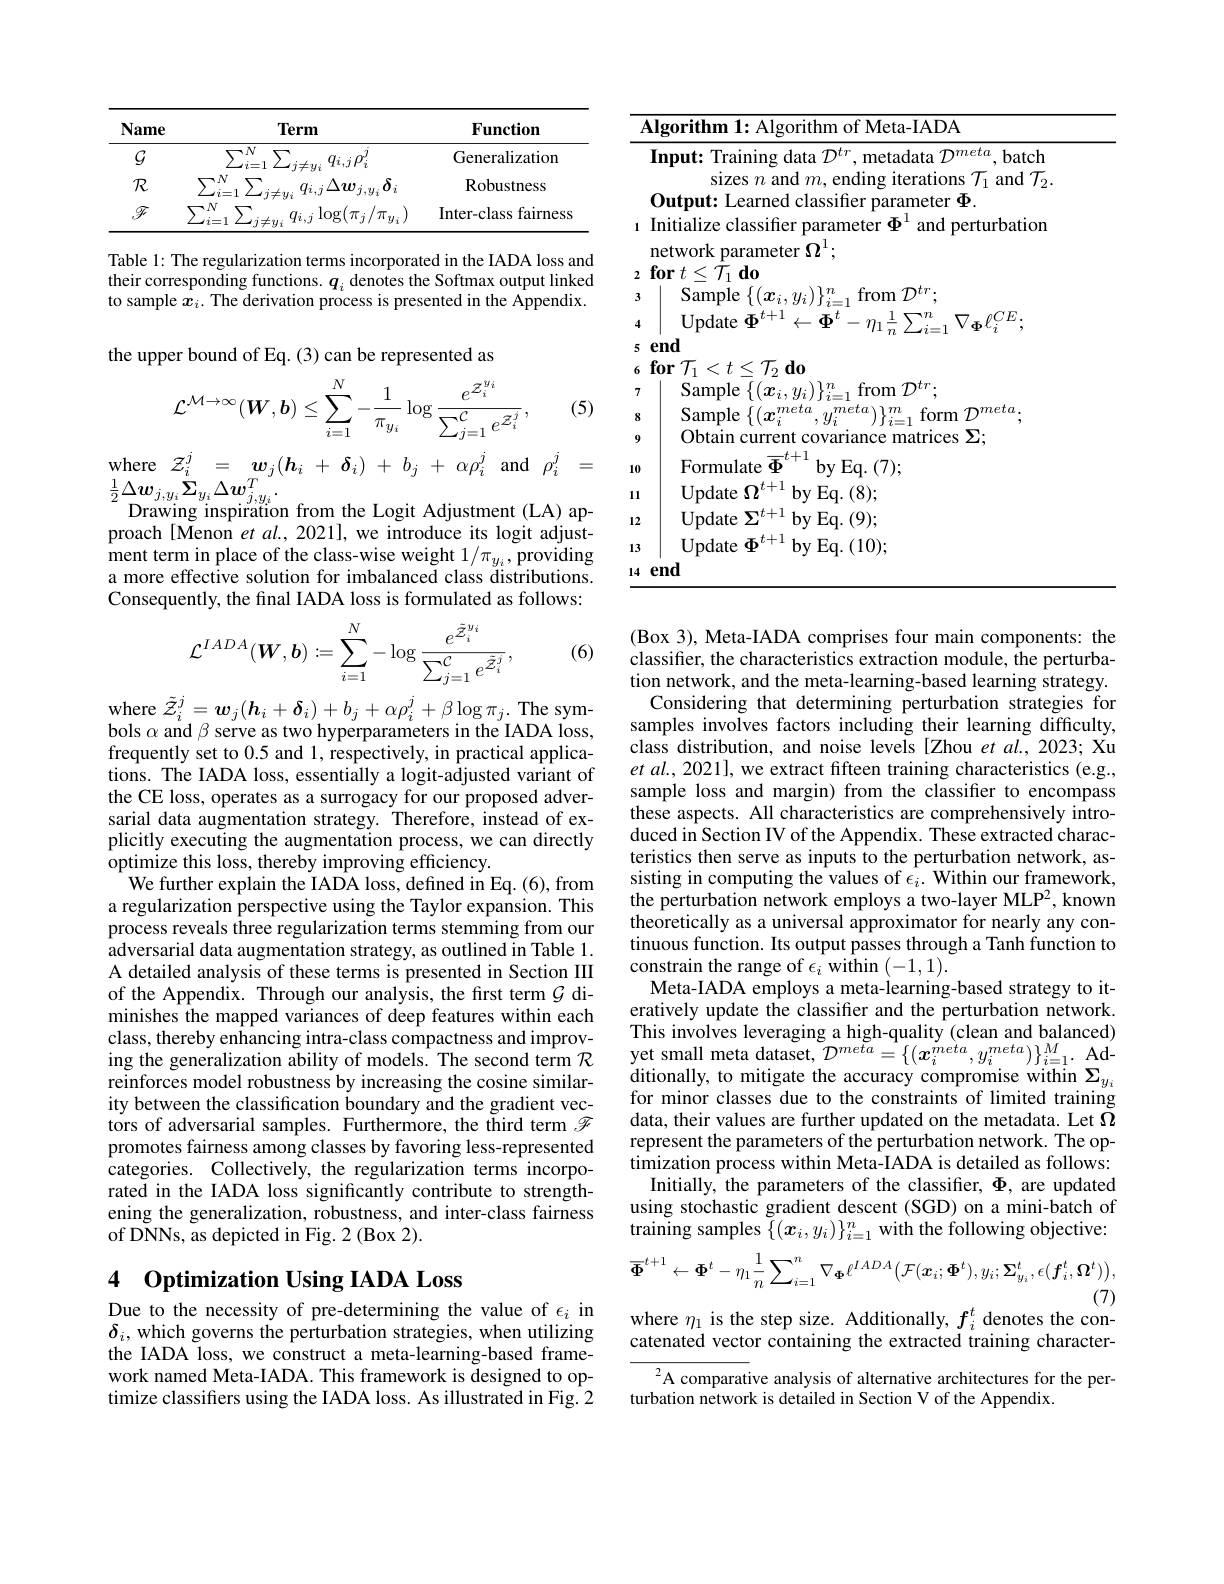
<table>
	<tbody>
		<tr>
			<th>Name</th>
			<th>Term</th>
			<th>Function</th>
		</tr>
		<tr>
			<td>$\mathcal{G}$</td>
			<td>$\overline{\sum_{i=1}^N}$ $\sum$ $q_{i,j}\rho_{i}^{\prime}$ $j\neq y_{i}$</td>
			<td>Generalization</td>
		</tr>
		<tr>
			<td>$\mathcal{R}$</td>
			<td>$N$ $\sum$ $q_{i,j}\Delta w_{j,y_i}$ $\delta_{i}$ $i=1$ $i\neq1$</td>
			<td>Robustness</td>
		</tr>
		<tr>
			<td>$\mathbb{F}$</td>
			<td>$q_{i,j}\log(\pi_{i}/$ 71</td>
			<td>Inter-class fairness</td>
		</tr>
	</tbody>
</table>

Table 1: The regularization terms incorporated in the IADA loss and their corresponding function to sample $\boldsymbol x_i.$ The deriva

the upper bound of Eq. (3) can be represented as
$$\mathcal{L}^{\mathcal{M}\to\infty}(W,b)\leq\sum_{i=1}^{N}-\frac{1}{\pi_{y_{i}}}\log\frac{e^{\mathcal{Z}_{i}^{y_{i}}}}{\sum_{j=1}^{\mathcal{C}}e^{\mathcal{Z}_{i}^{j}}},$$
(5)

where$\begin{array}{rcl}{\mathcal{Z}_{i}^{j}}&{=}&{\boldsymbol{w}_{j}(\boldsymbol{h}_{i}~+~\boldsymbol{\delta}_{i})~+~b_{j}~+~\alpha\rho_{i}^{j}~\mathrm{and}~\rho_{i}^{j}}&{=}\end{array}$
$\frac{1}{2}\Delta\boldsymbol{w}_{j,y_{i}}\dot{\Sigma}_{y_{i}}\Delta\boldsymbol{w}_{j,y_{i}}^{T}.$
Drawing inspiration from the proach[ Menon et $al.,2021]$, we introduce its logit adjustment term in place of the cl a more effective solution for imbalanced class distributions. Consequently, the final IADA loss is formulated as follows:

(6)
$$\mathcal{L}^{IADA}(\boldsymbol{W},\boldsymbol{b}):=\sum_{i=1}^{N}-\log\frac{e^{\tilde{Z}_{i}^{y_{i}}}}{\sum_{j=1}^{\mathcal{C}}e^{\tilde{Z}_{i}^{j}}},$$
where $\tilde{\mathcal{Z} } _i^j= \boldsymbol{w}_j( \boldsymbol{h}_i+ \boldsymbol{\delta }_i) + b_j+ \alpha \rho _i^j+ \beta \log \pi _j.$The symbols $\alpha$ and $\beta$ serve as two hyperparameters in the IADA loss, frequently set to 0.5 and 1, respectively, in practical applications. The IADA loss, essentially a logit-adjusted variant of the CE loss, operates as a surrogacy for our proposed adversarial data augmentation strategy. Therefore, instead of explicitly executing the augmentation process, we can directly optimize this loss, thereby improving efficiency.
We further explain the IADA loss, defined in Eq. (6), from a regularization perspective using the Taylor expansion. This process reveals three regularization terms stemming from our adversarial data augmentation strategy, as outlined in Table 1. A detailed analysis of these terms is presented in Section III of the Appendix. Through our analysis, the first term $\mathcal{G}$ diminishes the mapped variances of deep features within each class, thereby enhancing intra-class compactness and improving the generalization ability of models. The second term $\mathcal{R}$ reinforces model robustness by increasing the cosine similarity between the classification boundary and the gradient vectors of adversarial samples. Furthermore, the third term $\mathscr{F}$ promotes fairness among classes by favoring less-represented categories. Collectively, the regularization terms incorporated in the IADA loss significantly contribute to strengthening the generalization, robustness, and inter-class fairness of DNNs, as depicted in Fig. 2 (Box 2).

# 4 Optimization Using IADA Loss

Due to the necessity of pre-determining the value of $\epsilon_i$ in $\delta_i$, which governs the perturbation strategies, when utilizing the IADA loss, we construct a meta-learning-based framework named Meta-IADA. This f timize classifiers using the IADA loss. As illustrated in Fig. 2

<table>
	<tbody>
		<tr>
			<td>$A$ 1</td>
			<td>$\textbf{lgorithm 1: Algorithm of Meta- IADA}$</td>
		</tr>
		<tr>
			<td>1</td>
			<td>Output: Learned classifier parameter $\Phi.$ Initialize classifier parameter $\Phi^{1}$ and perturbation 1</td>
		</tr>
		<tr>
			<td>2</td>
			<td>network parameter $\Omega^{1};$ $\textbf{for}t< \mathcal{T} _{1}$do</td>
		</tr>
		<tr>
			<td>1 3</td>
			<td>$\mathop{\mathrm{Sample}}\left\{(x_{i},u_{i})\right\}_{\cdot}^{n}$ from$\mathcal{D} ^{tr}.$</td>
		</tr>
		<tr>
			<td>3 4</td>
			<td>$\mathbf{U}$pdate $\Phi^{t+1}$ $\leftarrow\Phi$ 1 7</td>
		</tr>
		<tr>
			<td>7</td>
			<td>$\operatorname{Sample}\{(\boldsymbol{x}_{i},y_{i})\}_{i-1}^{n}$ from${\mathcal{D} }^{tr}.$</td>
		</tr>
		<tr>
			<td>8</td>
			<td>$meta.$ iam</td>
		</tr>
		<tr>
			<td>9</td>
			<td>Obtain current covariance matrices $\Sigma;$</td>
		</tr>
		<tr>
			<td>10</td>
			<td>Formulate $\Phi$ ${\mathrm{by~Eq.~}(7);}$</td>
		</tr>
		<tr>
			<td>111 1 I 1 -</td>
			<td>${\mathrm{Update~}}\Omega^{t+1}{\mathrm{by~Eq.~(8);}}$</td>
		</tr>
		<tr>
			<td>12</td>
			<td>${\mathrm{Update~}\Sigma^{t+1}}$by Eq.(9);</td>
		</tr>
		<tr>
			<td>13</td>
			<td>$\mathbf{Update~}\boldsymbol{\Phi}^{t+1}$ $^{1}$by Eq.(10);</td>
		</tr>
		<tr>
			<td>14</td>
			<td>end</td>
		</tr>
	</tbody>
</table>

(Box 3), Meta-IADA comprises four main components: the classifier, the characteristics extraction module, the perturbation network, and the meta-learning-based learning strategy.
Considering that determining perturbation strategies for samples involves factors including their learning difficulty, class distribution, and noise levels [Zhou $et$ al., 2023; Xu $etal.,2021]$, we extract fifteen training characteristics (e.g., sample loss and margin) from the classifier to encompass these aspects. All characteristics are comprehensively introduced in Section IV of the Appendix. These extracted characteristics then serve as inputs to the perturbation network, assisting in computing the values of $\epsilon_i.$ Within our framework, the perturbation network employs a two-layer MLP2, known theoretically as a universal approximator for nearly any continuous function. Its output passes th constrain the range of $\epsilon_i$ within (-1,1).
Meta-IADA employs a meta-learning-based strategy to iteratively update the classifier and the perturbation network. This involves leveraging a high-quality (clean and balanced) yet small meta dataset, $\mathcal{D}^meta=\{(\boldsymbol{x}_i^{meta},y_i^{meta})\}_{i=1}^M.$ Ad- $\operatorname*{ditionally,~to~mitigate~the~accuracy~compromise~within~}\Sigma_{y_{i}}$ for minor classes due to the constraints of limited training data, their values are further updated on the metadata. Let $\tilde{\Omega}$ represent the parameters of the perturbation network. The optimization process within Meta-IADA is detailed as follows:
Initially, the parameters of the classifier, $\Phi$, are updated using stochastic gradient descent (SGD) on a mini-batch of training samples $\{(\boldsymbol{x}_{i},y_{i})\}_{i=1}^{n}$ with the following objective:
$$\overline{\Phi}^{t+1}\leftarrow\Phi^{t}-\eta_{1}\frac{1}{n}\sum_{i=1}^{n}\nabla_{\Phi}\ell^{IADA}\big(\mathcal{F}(\boldsymbol{x}_{i};\boldsymbol{\Phi}^{t}),y_{i};\boldsymbol{\Sigma}_{y_{i}}^{t},\epsilon(\boldsymbol{f}_{i}^{t},\boldsymbol{\Omega}^{t})\big),$$
(7)

where $\eta_{1}$ is the step size. Additionally, $f_i^{t}$ denotes the con-

catenated vector containing the extracted training character-

$^{2}$A comparative analysis of alternative architectures for the per-
turbation network is detailed in Section V of the Appendix.